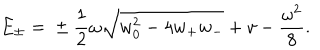
E _ { \pm } = { } \pm \frac 1 2 \omega \sqrt { w _ { 0 } ^ { 2 } - 4 w _ { + } w _ { - } } + v - \frac { \omega ^ { 2 } } 8 .